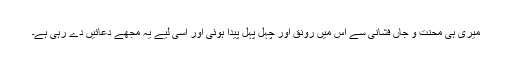
میری ہی محنت و جاں فشانی سے اس میں رونق اور چہل پہل پیدا ہوئی اور اسی لیے یہ مجھے دعائیں دے رہی ہے۔